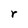
Character: r